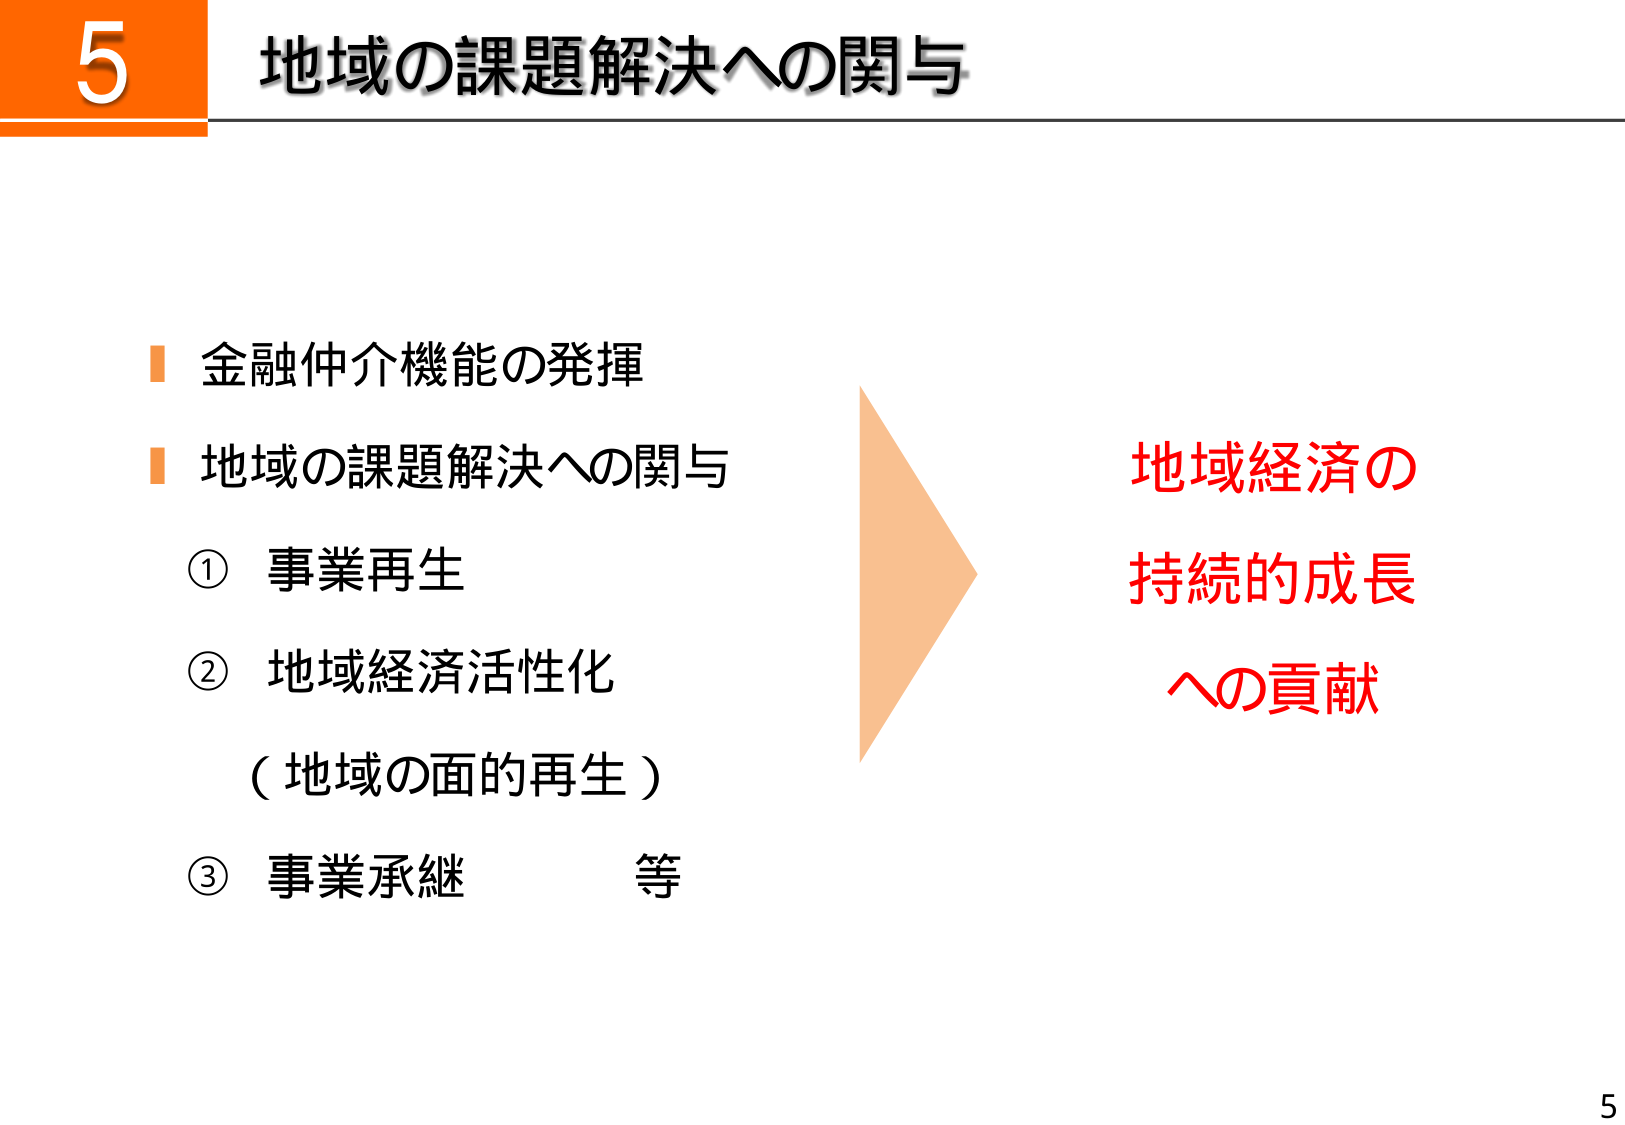
5
地域の課題解決への関与

金融仲介機能の発揮
地域の課題解決への関与
① 事業再生
② 地域経済活性化
（地域の面的再生）
③ 事業承継　等

地域経済の
持続的成長
への貢献

5